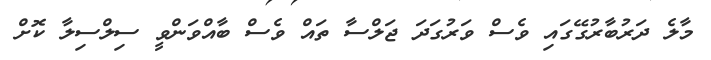
މާލެ ދަރުބާރުގޭގައި ވެސް ވަރުގަދަ ޖަލްސާ ތައް ވެސް ބާއްވަންވީ ސިލްސިލާ ކޮށް